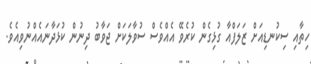
ހިތާއި ސިކުނޑިއަށް ޒަލަފްއާ ގުޅިގެން ކުރެވޭ އެއްވެސް ސުވާލަކަށް ޖަވާބު ދިނުން ކުޅަދާނައެއްނުވިއެވެ.